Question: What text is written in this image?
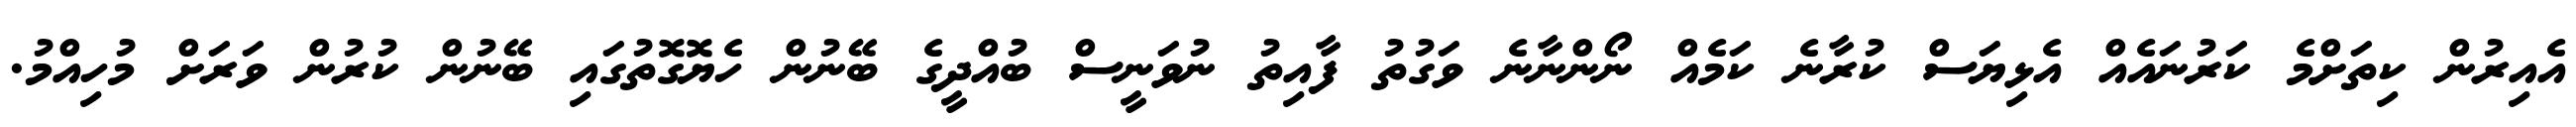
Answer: އެއިރުން ކިތަށްމެ ކަރުނައެއް އެޅިޔަސް ކުރާނެ ކަމެއް ނޯންނާނެ ވަގުތު ފާއިތު ނުވަނީސް ބުއްދީގެ ބޭނުން ހެޔޮގޮތުގައި ބޭނުން ކުރުން ވަރަށް މުހިއްމު.